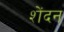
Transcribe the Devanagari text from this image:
शेंदन